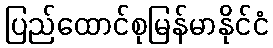
ပြည်ထောင်စုမြန်မာနိုင်ငံ